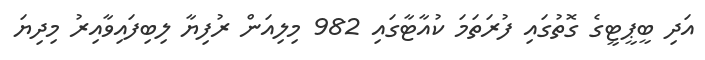
އަދި ބީޕީޓީގެ ގޮތުގައި ފުރަތަމަ ކުއާޓާގައި 982 މިލިއަން ރުފިޔާ ލިބިފައިވާއިރު މިދިޔަ